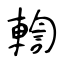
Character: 輷